Annual report on the mental hospital in the Central Provinces and Berar (Nagpur) - 1927-1951
Year: 1927
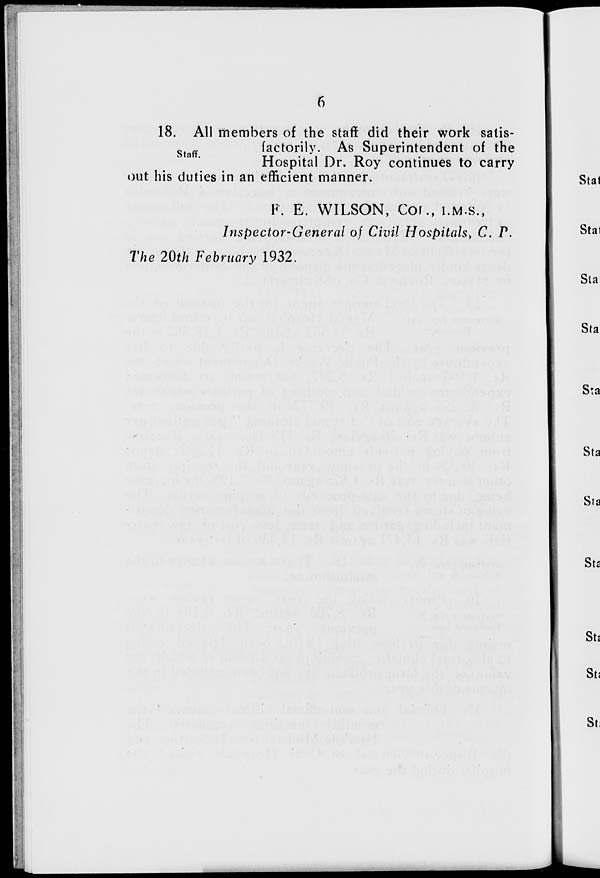
6
Staff.
18. All members of the staff did their work satis-
factorily. As Superintendent of the
Hospital Dr. Roy continues to carry
out his duties in an efficient manner.
F. E. WILSON, COL., I.M.S.,
Inspector-General of Civil Hospitals, C. P.
The 20th February 1932.